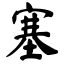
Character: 塞